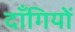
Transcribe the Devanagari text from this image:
दाँगियों